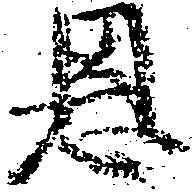
恩